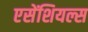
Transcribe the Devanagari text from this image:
एसेंशियल्स